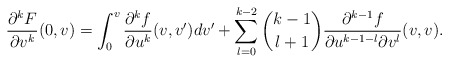
\begin{align*} \frac{\partial^kF}{\partial v^k}(0,v)=\int_0^v\frac{\partial^kf}{\partial u^k}(v,v')dv'+\sum_{l=0}^{k-2}\binom{k-1}{l+1}\frac{\partial^{k-1}f}{\partial u^{k-1-l}\partial v^l}(v,v).\end{align*}